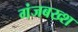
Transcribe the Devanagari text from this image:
गंजबख्श